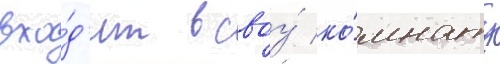
вхо́д'ит в своу́ ко́мнату